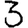
Digit: 3